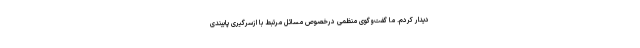
دیدار کردم. ما گفت‌وگوی منظمی درخصوص مسائل مرتبط با ازسرگیری پایبندی